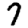
Digit: 7